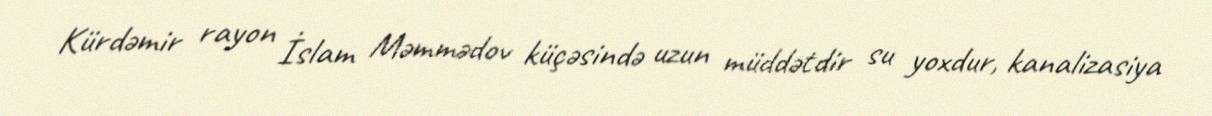
Kürdəmir rayon İslam Məmmədov küçəsində uzun müddətdir su yoxdur, kanalizasiya